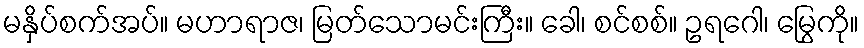
မနှိပ်စက်အပ်။ မဟာရာဇ၊ မြတ်သောမင်းကြီး။ ခေါ၊ စင်စစ်။ ဥရဂေါ၊ မြွေကို။